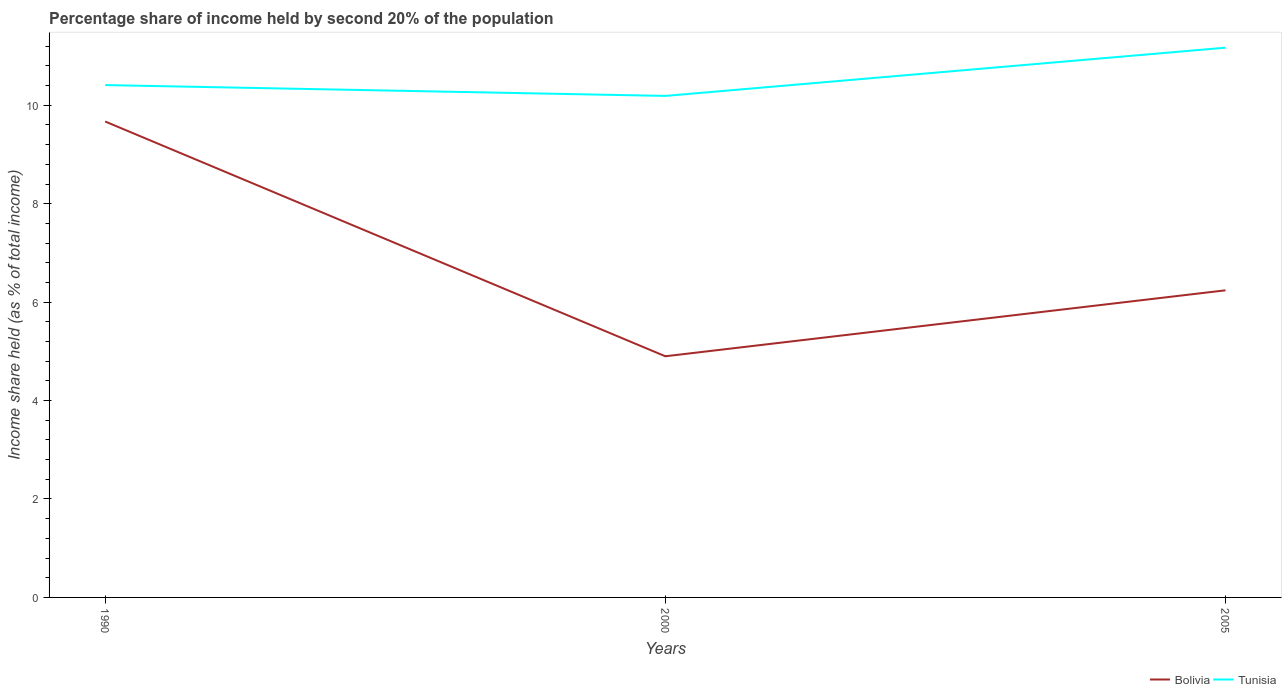
| Years | Bolivia | Tunisia |
 | --- | --- | --- |
 | 1990 | 9.67 | 10.4 |
 | 2000 | 4.9 | 10.2 |
 | 2005 | 6.24 | 11.2 |